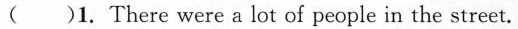
( )1. There were a lot of people in the street.